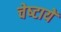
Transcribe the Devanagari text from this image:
चेष्‍टायें